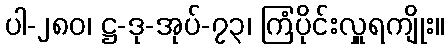
ပါ-၂၈၀၊ ဋ္ဌ-ဒု-အုပ်-၇၃၊ ကြံပိုင်းလှူရကျိုး။